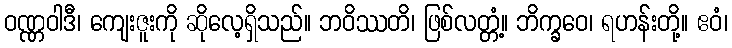
ဝဏ္ဏဝါဒီ၊ ကျေးဇူးကို ဆိုလေ့ရှိသည်။ ဘဝိဿတိ၊ ဖြစ်လတ္တံ့။ ဘိက္ခဝေ၊ ရဟန်းတို့။ ဧဝံ၊